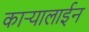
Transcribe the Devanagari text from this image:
कार्‍यालाईन